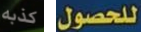
كذبه للحصول